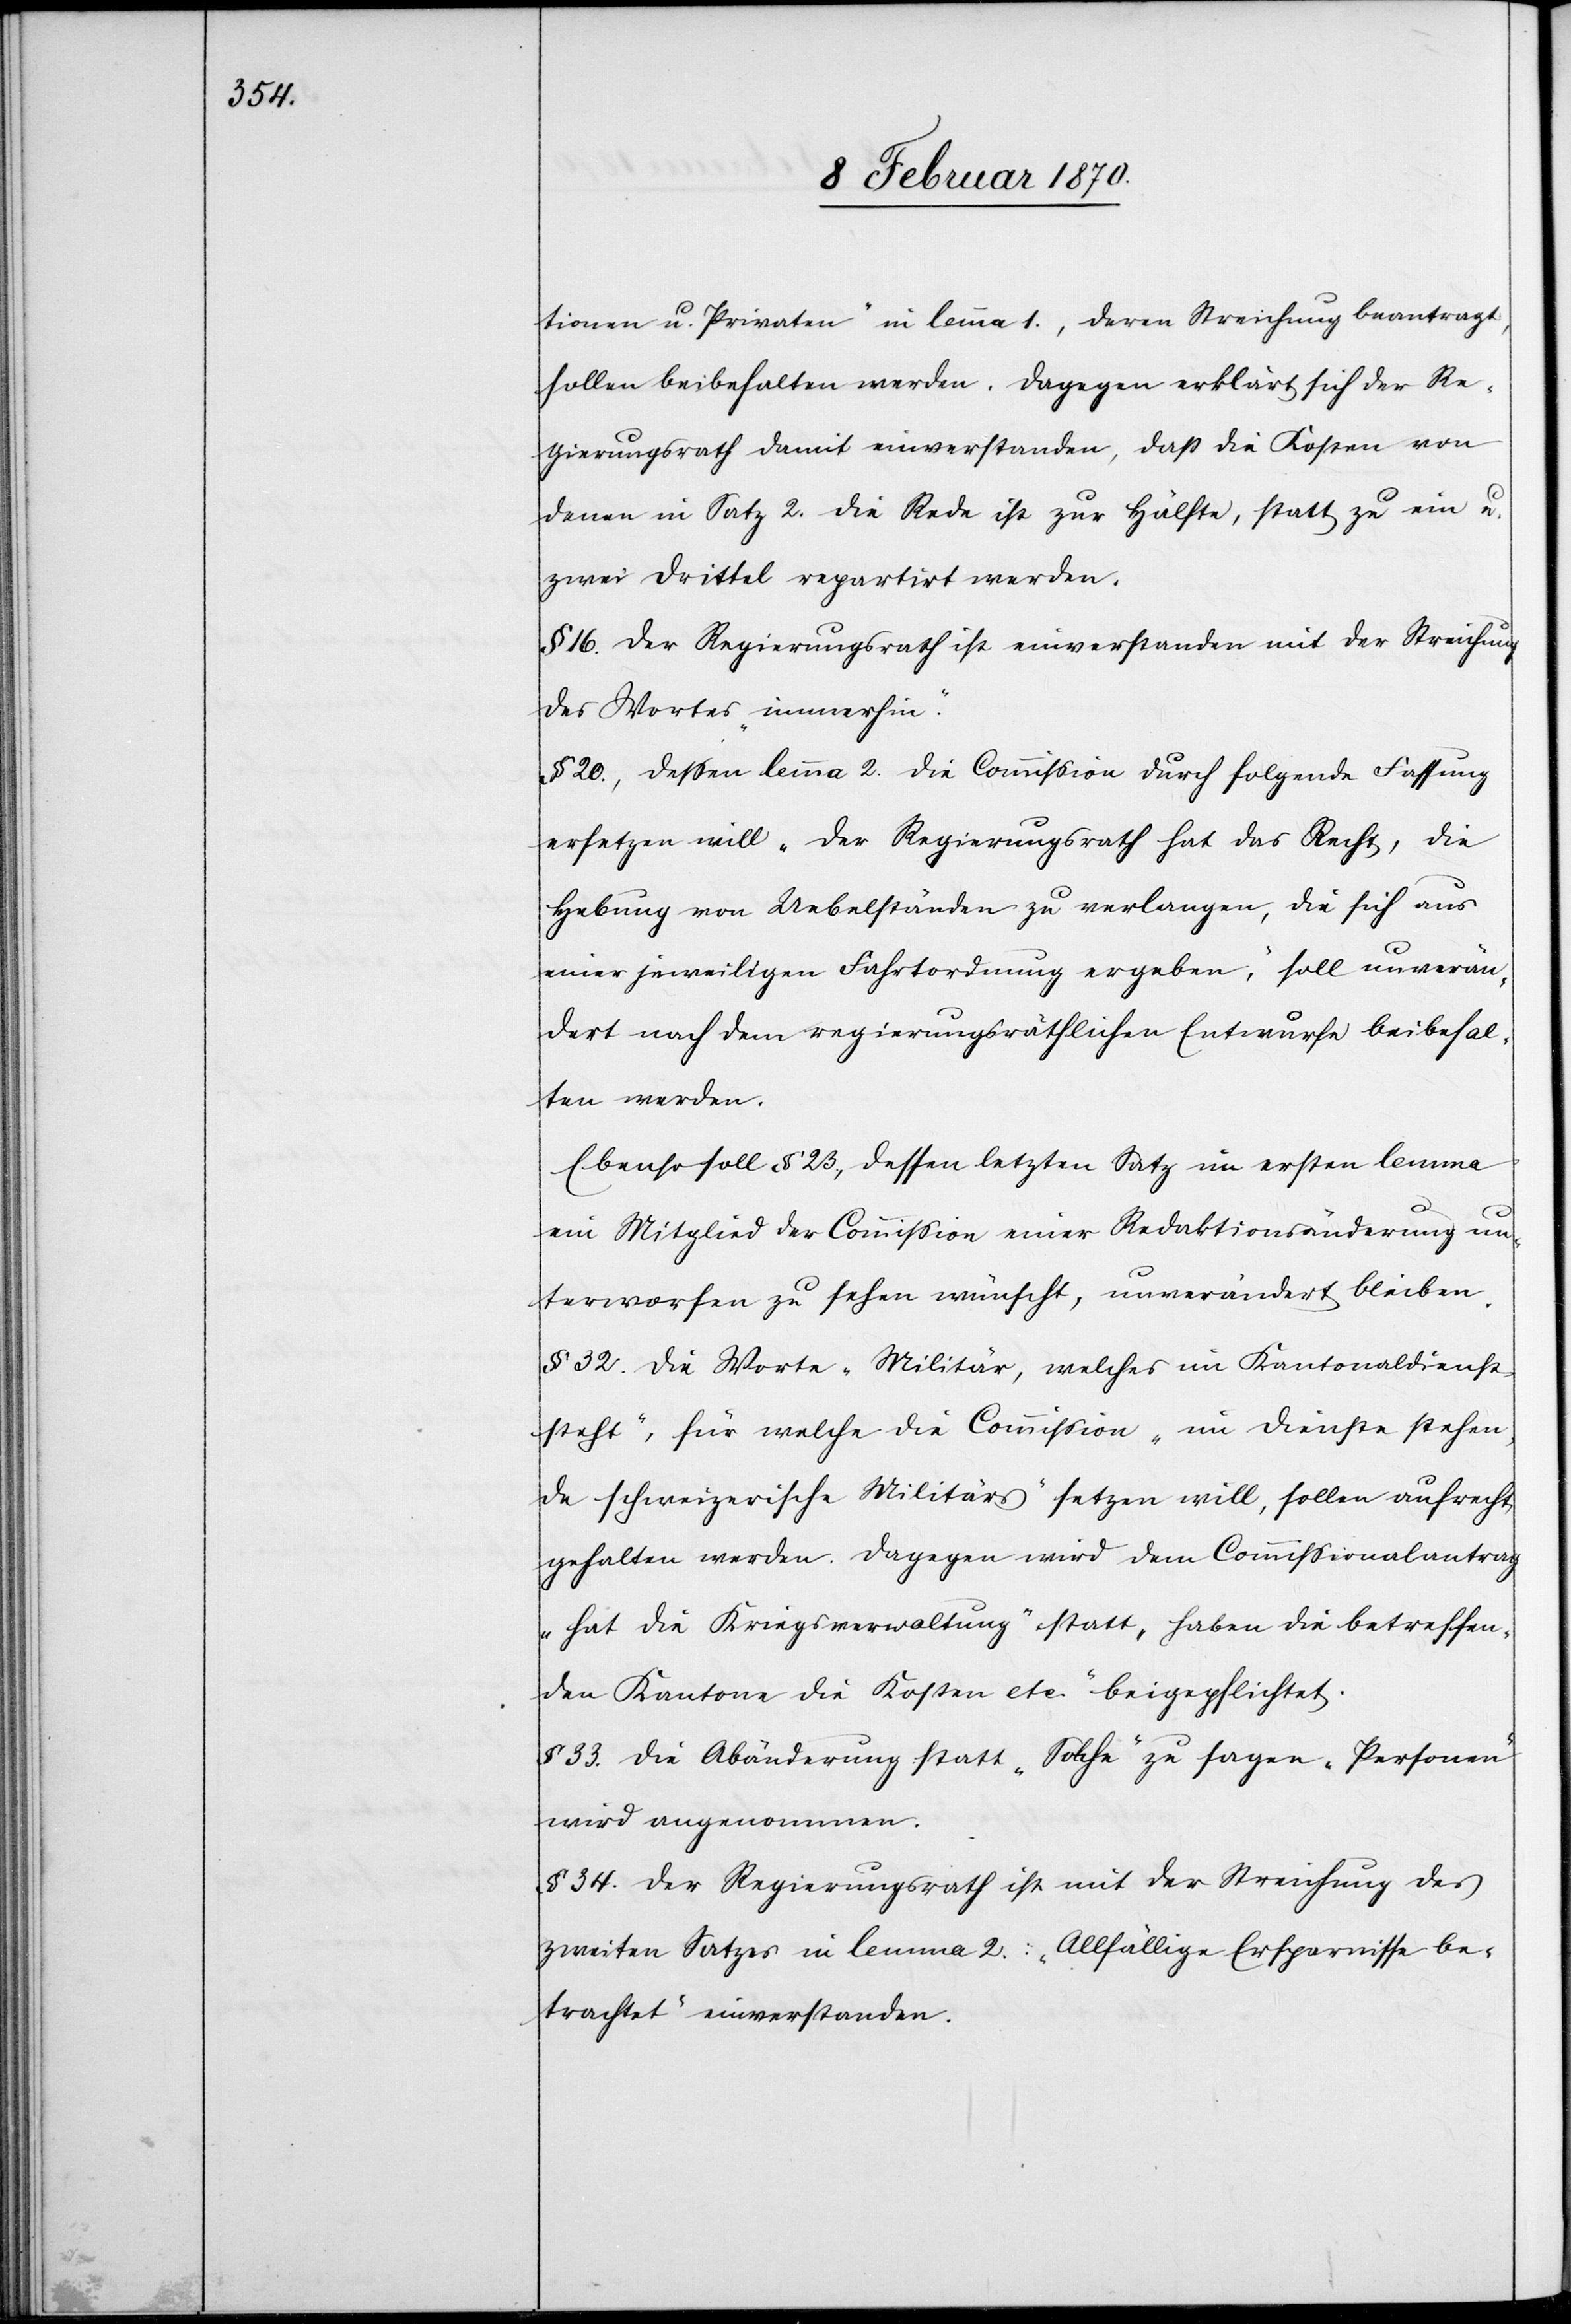
tionen u. Privaten“ in lemma 1., deren Streichung beantragt,
sollen beibehalten werden. Dagegen erklärt sich der Re¬
gierungsrath damit einverstanden, daß die Kosten von
denen in Satz 2. die Rede ist zur Hälfte, statt zu ein u.
zwei Drittel repartirt werden.
§ 16. Der Regierungsrath ist einverstanden mit der Streichung
des Wortes „immerhin“.
§ 20., dessen lemma 2. die Commission durch folgende Fassung
ersetzten will „Der Regierungsrath hat das Recht, die
Hebung von Uebelständen zu verlangen, die sich aus
einer jeweiligen Fahrtordnung ergeben“, soll unverän¬
dert nach dem regierungsräthlichen Entwurfe beibehal¬
ten werden.
Ebenso soll § 23., dessen letzten Satz im ersten lemma
ein Mitglied der Commission einer Redaktionsänderung un¬
terworfen zu sehen wünscht, unverändert bleiben.
§ 32. Die Worte „ Militär, welches im Kantonaldienst
steht“, für welche die Commission „ im Dienste stehen¬
de schweizerische Militärs“ setzen will, sollen aufrecht
gehalten werden. Dagegen wird dem Commissionalantrag
„hat die Kriegsverwaltung“ statt „haben die betreffen¬
den Kantone die Kosten etc.“ beigepflichtet.
§ 33. Die Abänderung statt „Solche“ zu sagen, „Personen“
wird angenommen.
§ 34. Der Regierungsrath ist mit der Streichung des
zweiten Satzes in lemma 2.: „Allfällige Ersparnisse be¬
trachtet“ einverstanden.